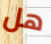
هل